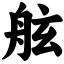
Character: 舷